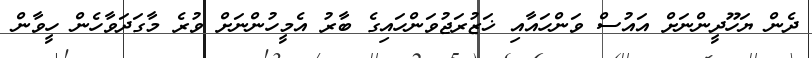
ދެން ޔަހޫދީންނަށް އައުސް ވަންހައާއި ޚަޒުރަޖުވަންހައިގެ ބާރު އެމީހުންނަށް ވުރެ މާގަދަވާހެން ހީވާން